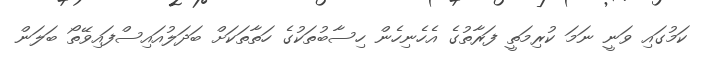
ކަމުގައި ވަނީ ނަމަ ކުރިމަތީ ފަރާތުގެ އެހެނިހެން ހިސާބުތަކުގެ ހަތާތަކަށް ބަދަލުއައިސްފައިވޭތޯ ބަލަން